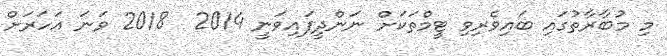
މި މުބާރާތުގައި ބައިވެރިވި ޓީމްތަކަށް ނަންދީފައިވަނީ 2014  2018 ވަނަ އަހަރަށް